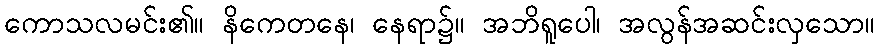
ကောသလမင်း၏။ နိကေတနေ၊ နေရာ၌။ အဘိရူပေါ၊ အလွန်အဆင်းလှသော။